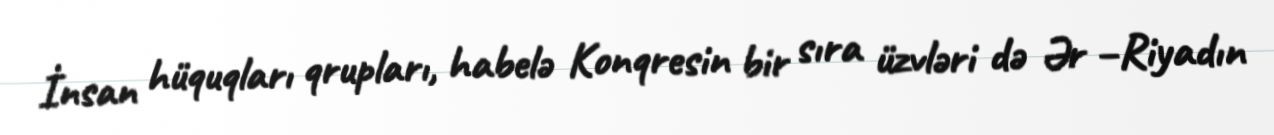
İnsan hüquqları qrupları, habelə Konqresin bir sıra üzvləri də Ər –Riyadın